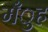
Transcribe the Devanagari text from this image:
मँुह